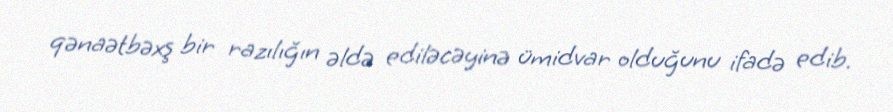
qənaətbəxş bir razılığın əldə ediləcəyinə ümidvar olduğunu ifadə edib.